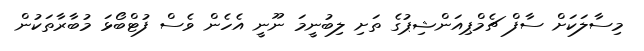
މިސާލަކަށް ސާފް ޗެމްޕިއަންޝިޕުގެ ތަށި ލިބުނީމަ ނޫނީ އެހެން ވެސް ފުޓްބޯޅަ މުބާރާތަކުން